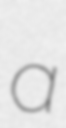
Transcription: a